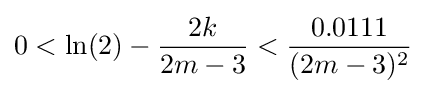
0<\ln(2)-{\frac {2k}{2m-3}}<{\frac {0.0111}{(2m-3)^{2}}}